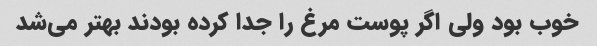
خوب بود ولی اگر پوست مرغ را جدا کرده بودند بهتر می‌شد